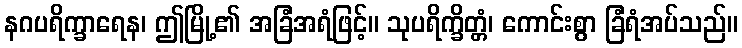
နဂပရိက္ခာရေန၊ ဤမြို့၏ အခြံအရံဖြင့်။ သုပရိက္ခိတ္တံ၊ ကောင်းစွာ ခြံရံအပ်သည်။